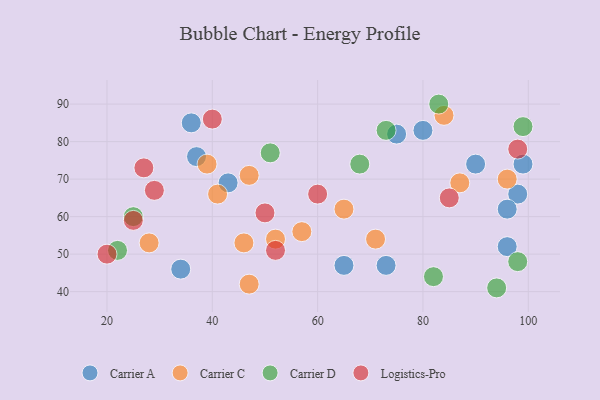
{"axis": {"x": "GDP", "y": "Life Expectancy"}, "legend": ["Carrier A", "Carrier C", "Carrier D", "Logistics-Pro"], "data": [{"x": "75", "y": 82, "type": "Carrier A"}, {"x": "99", "y": 74, "type": "Carrier A"}, {"x": "65", "y": 47, "type": "Carrier A"}, {"x": "90", "y": 74, "type": "Carrier A"}, {"x": "37", "y": 76, "type": "Carrier A"}, {"x": "98", "y": 66, "type": "Carrier A"}, {"x": "43", "y": 69, "type": "Carrier A"}, {"x": "34", "y": 46, "type": "Carrier A"}, {"x": "36", "y": 85, "type": "Carrier A"}, {"x": "73", "y": 47, "type": "Carrier A"}, {"x": "96", "y": 52, "type": "Carrier A"}, {"x": "96", "y": 62, "type": "Carrier A"}, {"x": "80", "y": 83, "type": "Carrier A"}, {"x": "39", "y": 74, "type": "Carrier C"}, {"x": "28", "y": 53, "type": "Carrier C"}, {"x": "52", "y": 54, "type": "Carrier C"}, {"x": "84", "y": 87, "type": "Carrier C"}, {"x": "87", "y": 69, "type": "Carrier C"}, {"x": "71", "y": 54, "type": "Carrier C"}, {"x": "96", "y": 70, "type": "Carrier C"}, {"x": "65", "y": 62, "type": "Carrier C"}, {"x": "47", "y": 71, "type": "Carrier C"}, {"x": "57", "y": 56, "type": "Carrier C"}, {"x": "47", "y": 42, "type": "Carrier C"}, {"x": "41", "y": 66, "type": "Carrier C"}, {"x": "46", "y": 53, "type": "Carrier C"}, {"x": "98", "y": 48, "type": "Carrier D"}, {"x": "94", "y": 41, "type": "Carrier D"}, {"x": "51", "y": 77, "type": "Carrier D"}, {"x": "68", "y": 74, "type": "Carrier D"}, {"x": "73", "y": 83, "type": "Carrier D"}, {"x": "83", "y": 90, "type": "Carrier D"}, {"x": "82", "y": 44, "type": "Carrier D"}, {"x": "99", "y": 84, "type": "Carrier D"}, {"x": "22", "y": 51, "type": "Carrier D"}, {"x": "25", "y": 60, "type": "Carrier D"}, {"x": "85", "y": 65, "type": "Logistics-Pro"}, {"x": "27", "y": 73, "type": "Logistics-Pro"}, {"x": "98", "y": 78, "type": "Logistics-Pro"}, {"x": "40", "y": 86, "type": "Logistics-Pro"}, {"x": "60", "y": 66, "type": "Logistics-Pro"}, {"x": "20", "y": 50, "type": "Logistics-Pro"}, {"x": "52", "y": 51, "type": "Logistics-Pro"}, {"x": "29", "y": 67, "type": "Logistics-Pro"}, {"x": "25", "y": 59, "type": "Logistics-Pro"}, {"x": "50", "y": 61, "type": "Logistics-Pro"}]}